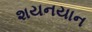
શયનયાન